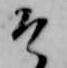
そ